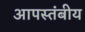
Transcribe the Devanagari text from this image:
आपस्तंबीय